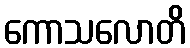
ကောသလောတိ